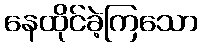
နေထိုင်ခဲ့ကြသော